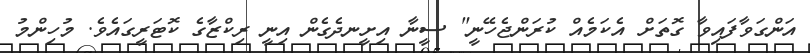
އަންގަވާފައިވާ ގޮތަށް އެކަމެއް ކުރަންޖެހޭނީ" ސީނާ އިށީނދެގެން އިނީ ރިކްޒާގެ ކޮޓަރީގައެވެ. މުހިންމު